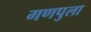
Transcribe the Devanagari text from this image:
गणपुला